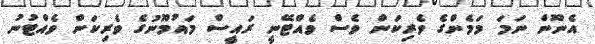
އެނޫން ނަމަ މަމެންގެ ވެރިކަން ވެސް ވެއްޓޭނީ ރައީސް މައުމޫނުގެ ވެރިކަން ވެއްޓުނު